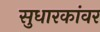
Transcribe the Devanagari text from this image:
सुधारकांवर